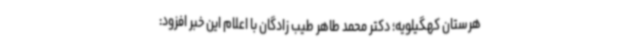
هرستان کهگیلویه؛ دکتر محمد طاهر طیب زادگان با اعلام این خبر افزود: